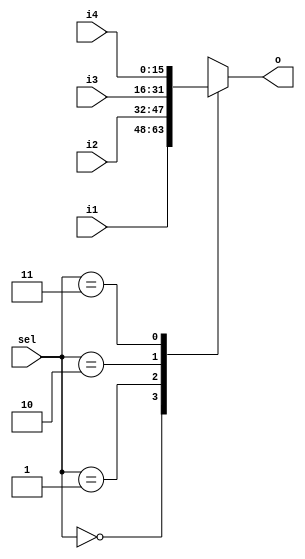
module mux4_1 (sel, i1, i2, i3, i4, o);
   input [1:0] sel;
   input [15:0] i1, i2, i3, i4;
   output reg [15:0] o;

   always @ (*) begin
      case (sel)
         0: o = i1;
         1: o = i2;
         2: o = i3;
         3: o = i4;
      endcase
   end

endmodule


module mux2_1 (sel, i1, i2, o);
   input sel;
   input [15:0] i1, i2;
   output reg [15:0] o;

   always @ (*) begin
      case (sel)
         0: o = i1;
         1: o = i2;
      endcase
   end

endmodule

module sign_extender(in, out);
	input [7:0]in;
	output [15:0] out;

	assign out[7:0] = in[7:0];
	assign out[8] = in[7];
	assign out[9] = in[7];
	assign out[10] = in[7];
	assign out[11] = in[7];
	assign out[12] = in[7];
	assign out[13] = in[7];
	assign out[14] = in[7];
	assign out[15] = in[7];
endmodule

module make_address(pc, instruction, addr);
	input [15:0] pc;
	input [15:0] instruction;
	output [15:0] addr;
	assign addr[15:12] = pc[15:12];
	assign addr[11:0] = instruction[11:0];
endmodule